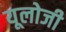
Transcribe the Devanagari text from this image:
यूलोजी